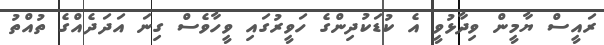
ރައީސް ޔާމީން ވިދާޅުވީ އެ ކުޑަކުދިންގެ ހަވީރުގައި ވީހާވެސް ގިނަ އަދަދެއްގެ ތުއްތު